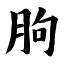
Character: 朐